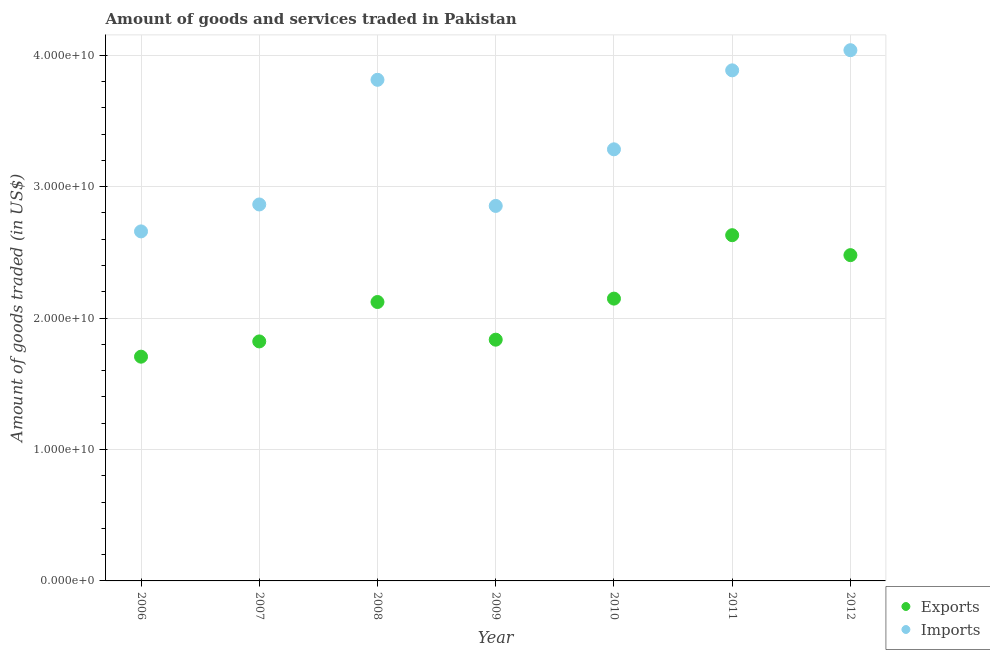
| Year | Exports | Imports |
 | --- | --- | --- |
 | 2006 | 1.71e+10 | 2.66e+10 |
 | 2007 | 1.82e+10 | 2.86e+10 |
 | 2008 | 2.12e+10 | 3.81e+10 |
 | 2009 | 1.84e+10 | 2.85e+10 |
 | 2010 | 2.15e+10 | 3.28e+10 |
 | 2011 | 2.63e+10 | 3.89e+10 |
 | 2012 | 2.48e+10 | 4.04e+10 |